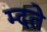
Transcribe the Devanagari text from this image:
म्दते